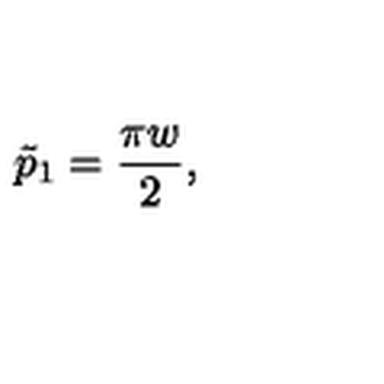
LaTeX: \tilde { p } _ { 1 } = { \frac { \pi w } { 2 } } ,